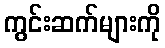
ကွင်းဆက်များကို